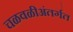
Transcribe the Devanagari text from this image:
चळवळीअंतर्गत